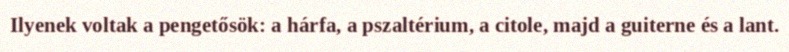
Ilyenek voltak a pengetősök: a hárfa, a pszaltérium, a citole, majd a guiterne és a lant.